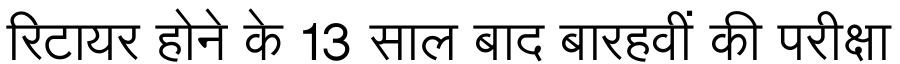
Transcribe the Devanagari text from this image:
रिटायर होने के 13 साल बाद बारहवीं की परीक्षा